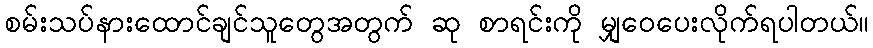
စမ်းသပ်နားထောင်ချင်သူတွေအတွက် ဆု စာရင်းကို မျှဝေပေးလိုက်ရပါတယ်။